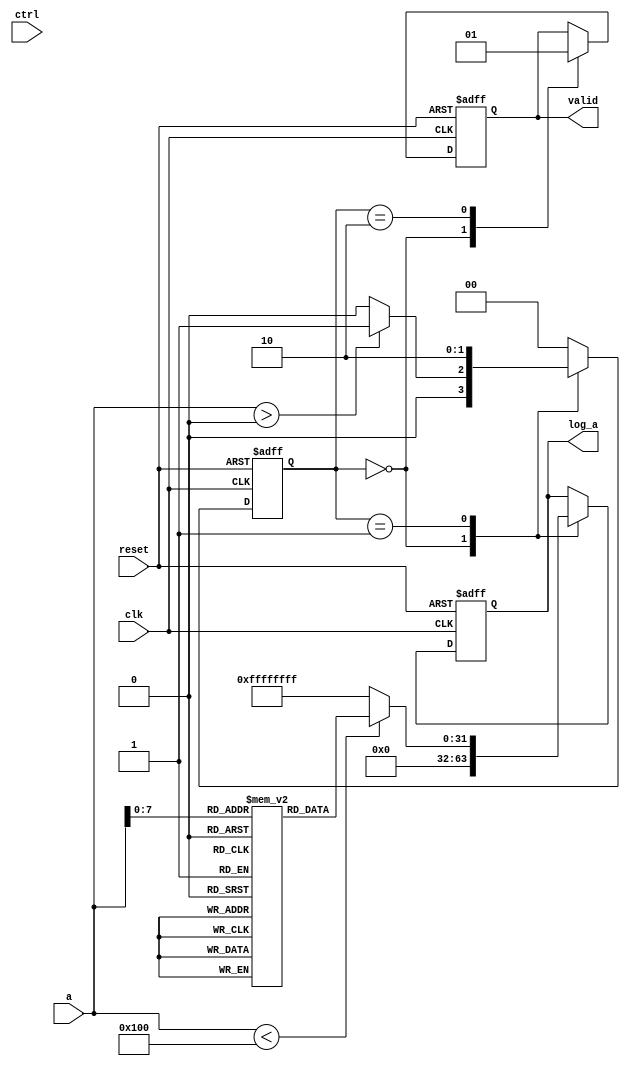
module LogarithmicUnit (
    input wire clk,
    input wire reset,
    input wire [31:0] a,         // Input A (32-bit)
    input wire [1:0] ctrl,       // Control signals for logarithm base selection
    output reg [31:0] log_a,     // Logarithm result (32-bit)
    output reg valid              // Valid output signal
);

// LUT size and parameters
parameter LUT_SIZE = 256; // Example LUT size
reg [31:0] lut [0:LUT_SIZE-1]; // Lookup Table for logarithms
integer i;

// State Encoding
localparam IDLE = 2'b00,
           LOOKUP = 2'b01,
           FINISH = 2'b10;
           
reg [1:0] state, next_state;

// Initialization of LUT with precomputed logarithm values (base 10 for example)
initial begin
    // Example values for LUT initialization
    for (i = 0; i < LUT_SIZE; i = i + 1) begin
        lut[i] = 32'b0; // Initialize with zeros - Replace with actual logarithm values
    end
end

// State transition logic
always @(posedge clk or posedge reset) begin
    if (reset) begin
        state <= IDLE;
    end else begin
        state <= next_state;
    end
end

// State machine for log calculation
always @(*) begin
    case (state)
        IDLE: begin
            if (a > 0) begin
                next_state = LOOKUP; // Move to lookup if input is valid
            end else begin
                next_state = IDLE; // Stay in IDLE if invalid
            end
        end
        
        LOOKUP: begin
            next_state = FINISH; // Move to finish state after lookup
        end
        
        FINISH: begin
            next_state = IDLE; // Go back to IDLE state
        end
        
        default: next_state = IDLE; // Default case
    endcase
end

// Output logic based on state
always @(posedge clk or posedge reset) begin
    if (reset) begin
        log_a <= 32'b0;
        valid <= 1'b0;
    end else begin
        case (state)
            IDLE: begin
                log_a <= 32'b0; // Reset log_a
                valid <= 1'b0;  // Reset valid flag
            end
            
            LOOKUP: begin
                // Calculate index based on input 'a' (example logic)
                // Assuming 'a' is in range [1, LUT_SIZE), calculate index as (a-1)
                if (a < LUT_SIZE) begin
                    log_a <= lut[a]; // Get log value from LUT
                end else begin
                    // Handle inputs outside LUT range (example scenario)
                    log_a <= 32'hFFFFFFFF; // Indicate error / out of range
                end
            end
            
            FINISH: begin
                valid <= 1'b1; // Set valid flag
            end
            
            default: begin
                // Default behavior (not necessary as state machine covers this)
            end
        endcase
    end
end
                
endmodule